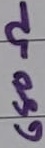
Text: 680Ω